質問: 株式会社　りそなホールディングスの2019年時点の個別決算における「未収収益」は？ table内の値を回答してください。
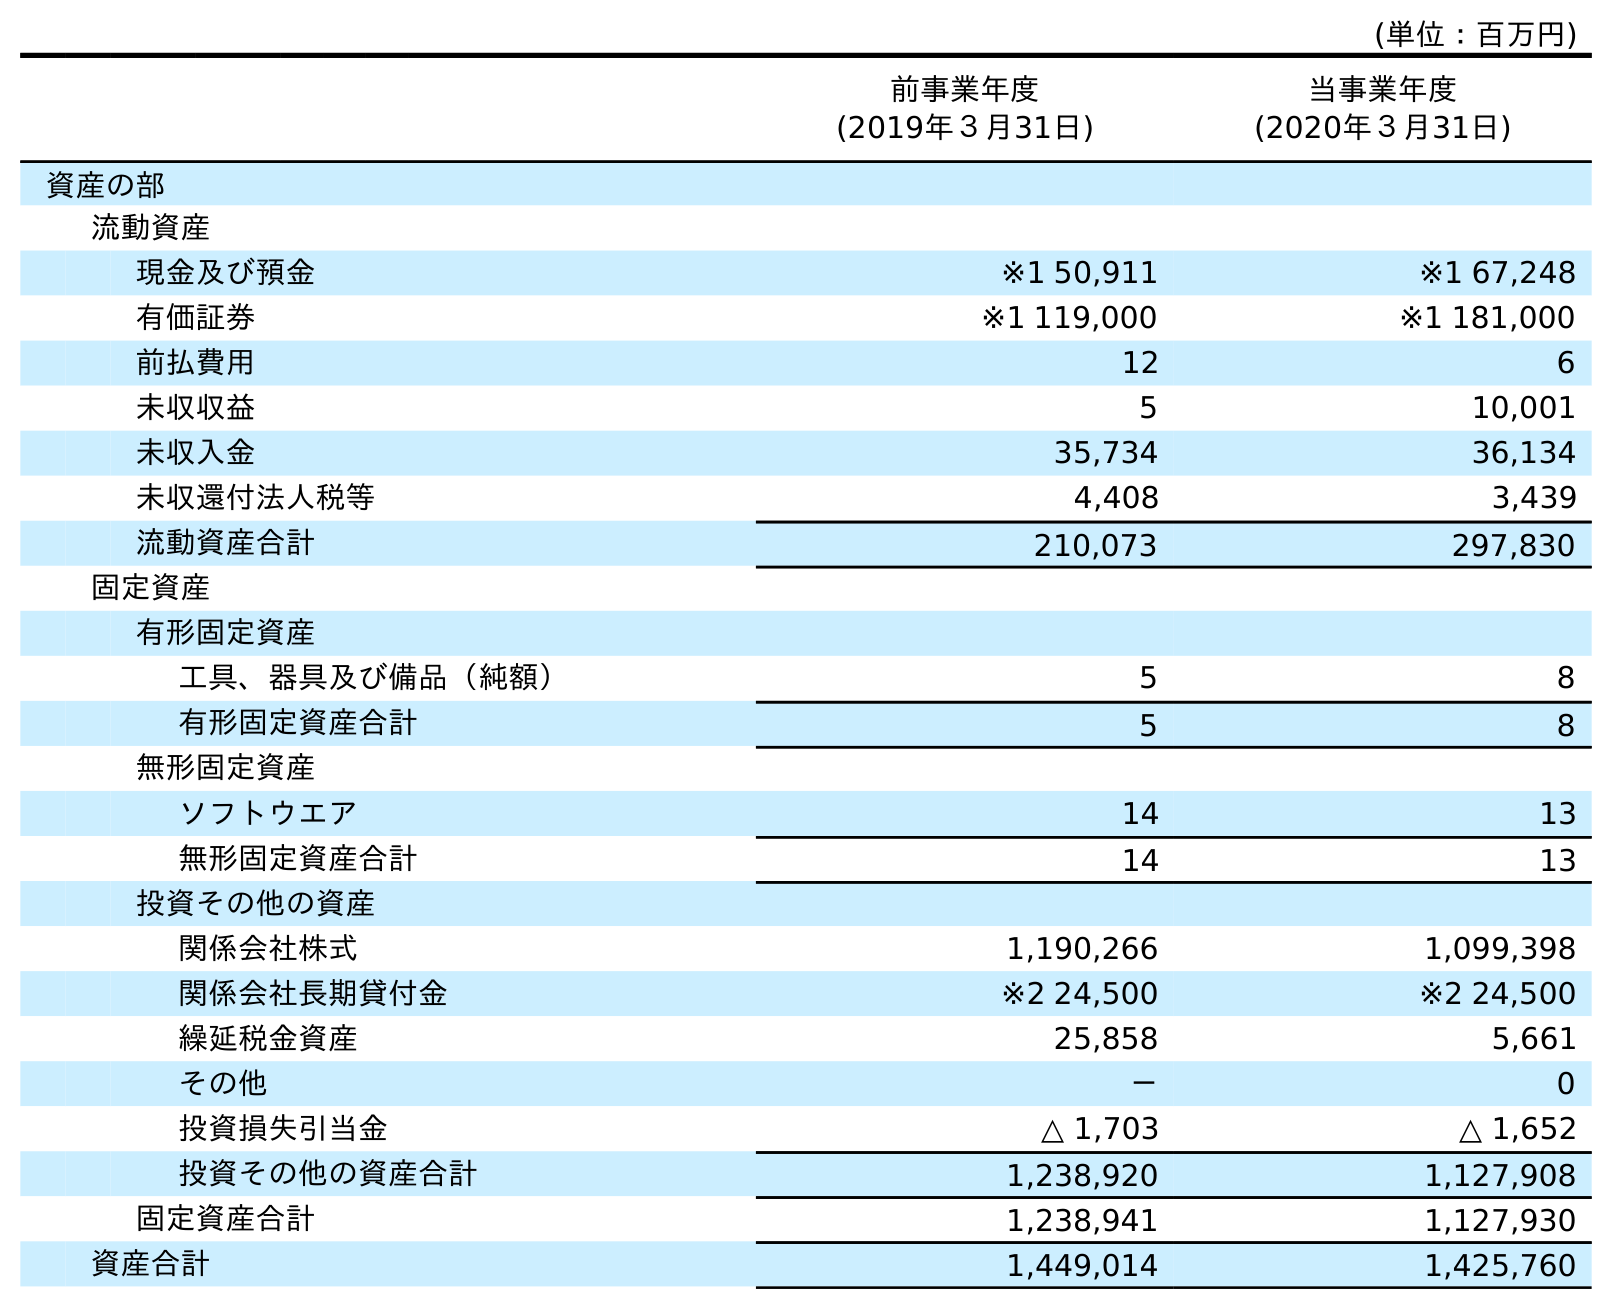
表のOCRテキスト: (単位：百万円) 前事業年度 (2019年３月31日) 当事業年度 (2020年３月31日) 資産の部 流動資産 現金及び預金 ※1 50,911 ※1 67,248 有価証券 ※1 119,000 ※1 181,000 前払費用 12 6 未収収益 5 10,001 未収入金 35,734 36,134 未収還付法人税等 4,408 3,439 流動資産合計 210,073 297,830 固定資産 有形固定資産 工具、器具及び備品（純額） 5 8 有形固定資産合計 5 8 無形固定資産 ソフトウエア 14 13 無形固定資産合計 14 13 投資その他の資産 関係会社株式 1,190,266 1,099,398 関係会社長期貸付金 ※2 24,500 ※2 24,500 繰延税金資産 25,858 5,661 その他 － 0 投資損失引当金 △ 1,703 △ 1,652 投資その他の資産合計 1,238,920 1,127,908 固定資産合計 1,238,941 1,127,930 資産合計 1,449,014 1,425,760
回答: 5